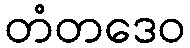
တံတဒေဝ